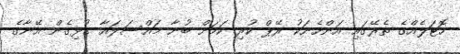
ހޮޓަލެއްގެ ތެރޭގައި އަންހެނަކު ރޭޕް ކުރި ކަމަށް ބުނާ މައްސަލައާ ގުޅިގެން އޭނާގެ